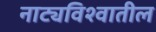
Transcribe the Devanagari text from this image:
नाट्यविश्वातील